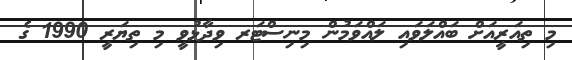
މި ތިއަރީއަށް ބައްލަވައި ލައްވަމުން މިނިސްޓަރ ވިދާޅުވީ މި ތިޔަރީ 1990 ގެ